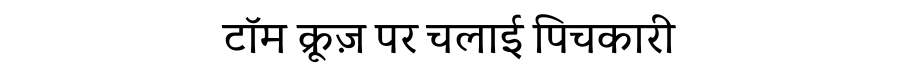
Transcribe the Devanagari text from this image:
टॉम क्रूज़ पर चलाई पिचकारी